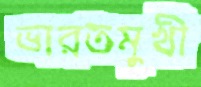
ভারতমুখী